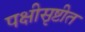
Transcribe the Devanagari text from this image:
पक्षीसृष्टीत